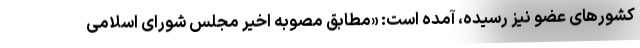
کشورهای عضو نیز رسیده، آمده است: «مطابق مصوبه اخیر مجلس شورای اسلامی